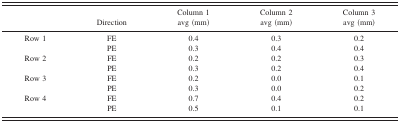
| Direction | Column 1 avg (mm) | Column 2 avg (mm) | Column 3 avg (mm) |
 | --- | --- | --- | --- |
 | Row 1 | FE | 0.4 | 0.3 | 0.2 |
 |  | PE | 0.3 | 0.4 | 0.4 |
 | Row 2 | FE | 0.2 | 0.2 | 0.3 |
 |  | PE | 0.3 | 0.2 | 0.4 |
 | Row 3 | FE | 0.2 | 0.0 | 0.1 |
 |  | PE | 0.3 | 0.0 | 0.2 |
 | Row 4 | FE | 0.7 | 0.4 | 0.2 |
 |  | PE | 0.5 | 0.1 | 0.1 |